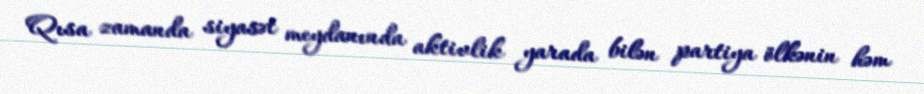
Qısa zamanda siyasət meydanında aktivlik yarada bilən partiya ölkənin həm